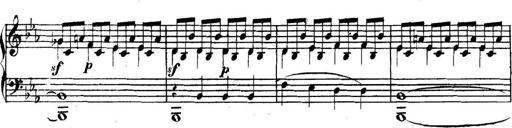
Title: Collected Piano Sonatas
Composer: Muzio Clementi